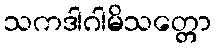
သကဒါဂါမိသတ္တော